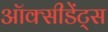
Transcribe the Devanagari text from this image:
ऑक्सीडेंट्स